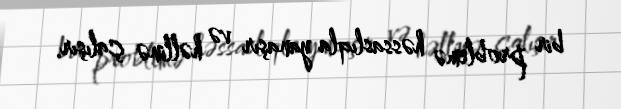
bir problemə həssaslıqla yanaşır və həllinə çalışır.